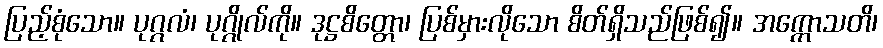
ပြည့်စုံသော။ ပုဂ္ဂလံ၊ ပုဂ္ဂိုလ်ကို။ ဒုဋ္ဌစိတ္တော၊ ပြစ်မှားလိုသော စိတ်ရှိသည်ဖြစ်၍။ အက္ကောသတိ၊